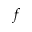
f